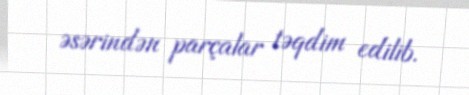
əsərindən parçalar təqdim edilib.